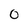
Character: 0